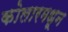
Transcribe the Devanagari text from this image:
कोलारमधून